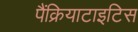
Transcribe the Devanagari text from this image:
पैंक्रियाटाइटिस